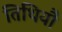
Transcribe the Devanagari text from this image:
तिथियौ